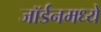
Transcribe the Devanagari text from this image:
जॉर्डनमध्ये